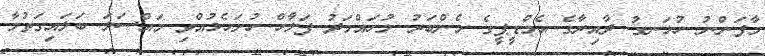
މާފަންނު ހުޅަނގު ދާއިރާގެ އެމްޑީޕީގެ މެންބަރު މުހައްމަދު ފަލާހް ހުށަހެޅުއްވި މައްސަލަ ބަލައިގަތުމާ